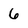
Character: 6